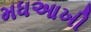
મધઆખી